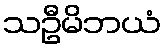
သဦမိဘယံ